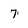
Character: 7